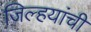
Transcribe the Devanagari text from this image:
जिल्हयांची